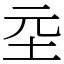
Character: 坖